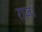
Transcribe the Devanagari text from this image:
राज़।